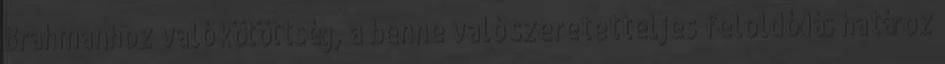
Brahmanhoz való kötöttség, a benne való szeretetteljes feloldódás határoz